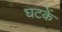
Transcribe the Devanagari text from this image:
घटकें